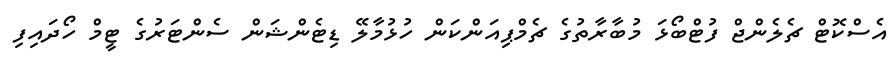
އެސްކޮޓް ޗެލެންޖް ފުޓްބޯޅަ މުބާރާތުގެ ޗެމްޕިއަންކަން ހުޅުމާލޭ ޑިޓެންޝަން ސެންޓަރުގެ ޓީމް ހޯދައިފި